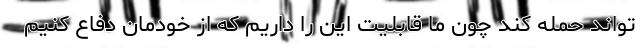
‌تواند حمله کند چون ما قابلیت این را داریم که از خودمان دفاع کنیم